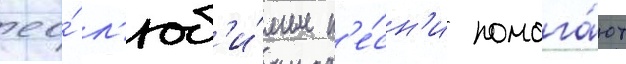
ео́ л'юб'и́мые п'е́сн'и помога́ют